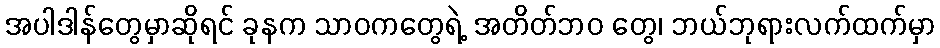
အပါဒါန်တွေမှာဆိုရင် ခုနက သာဝကတွေရဲ့ အတိတ်ဘဝ တွေ၊ ဘယ်ဘုရားလက်ထက်မှာ